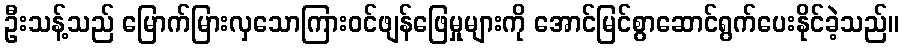
ဦးသန့်သည် မြောက်မြားလှသောကြားဝင်ဖျန်ဖြေမှုများကို အောင်မြင်စွာဆောင်ရွက်ပေးနိုင်ခဲ့သည်။